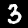
Label: 3